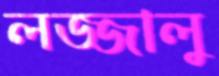
লজ্জালু